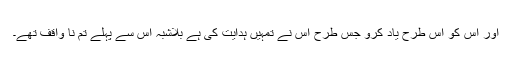
اور اس کو اس طرح یاد کرو جس طرح اس نے تمہیں ہدایت کی ہے بلاشبہ اس سے پہلے تم نا واقف تھے۔